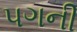
પગની